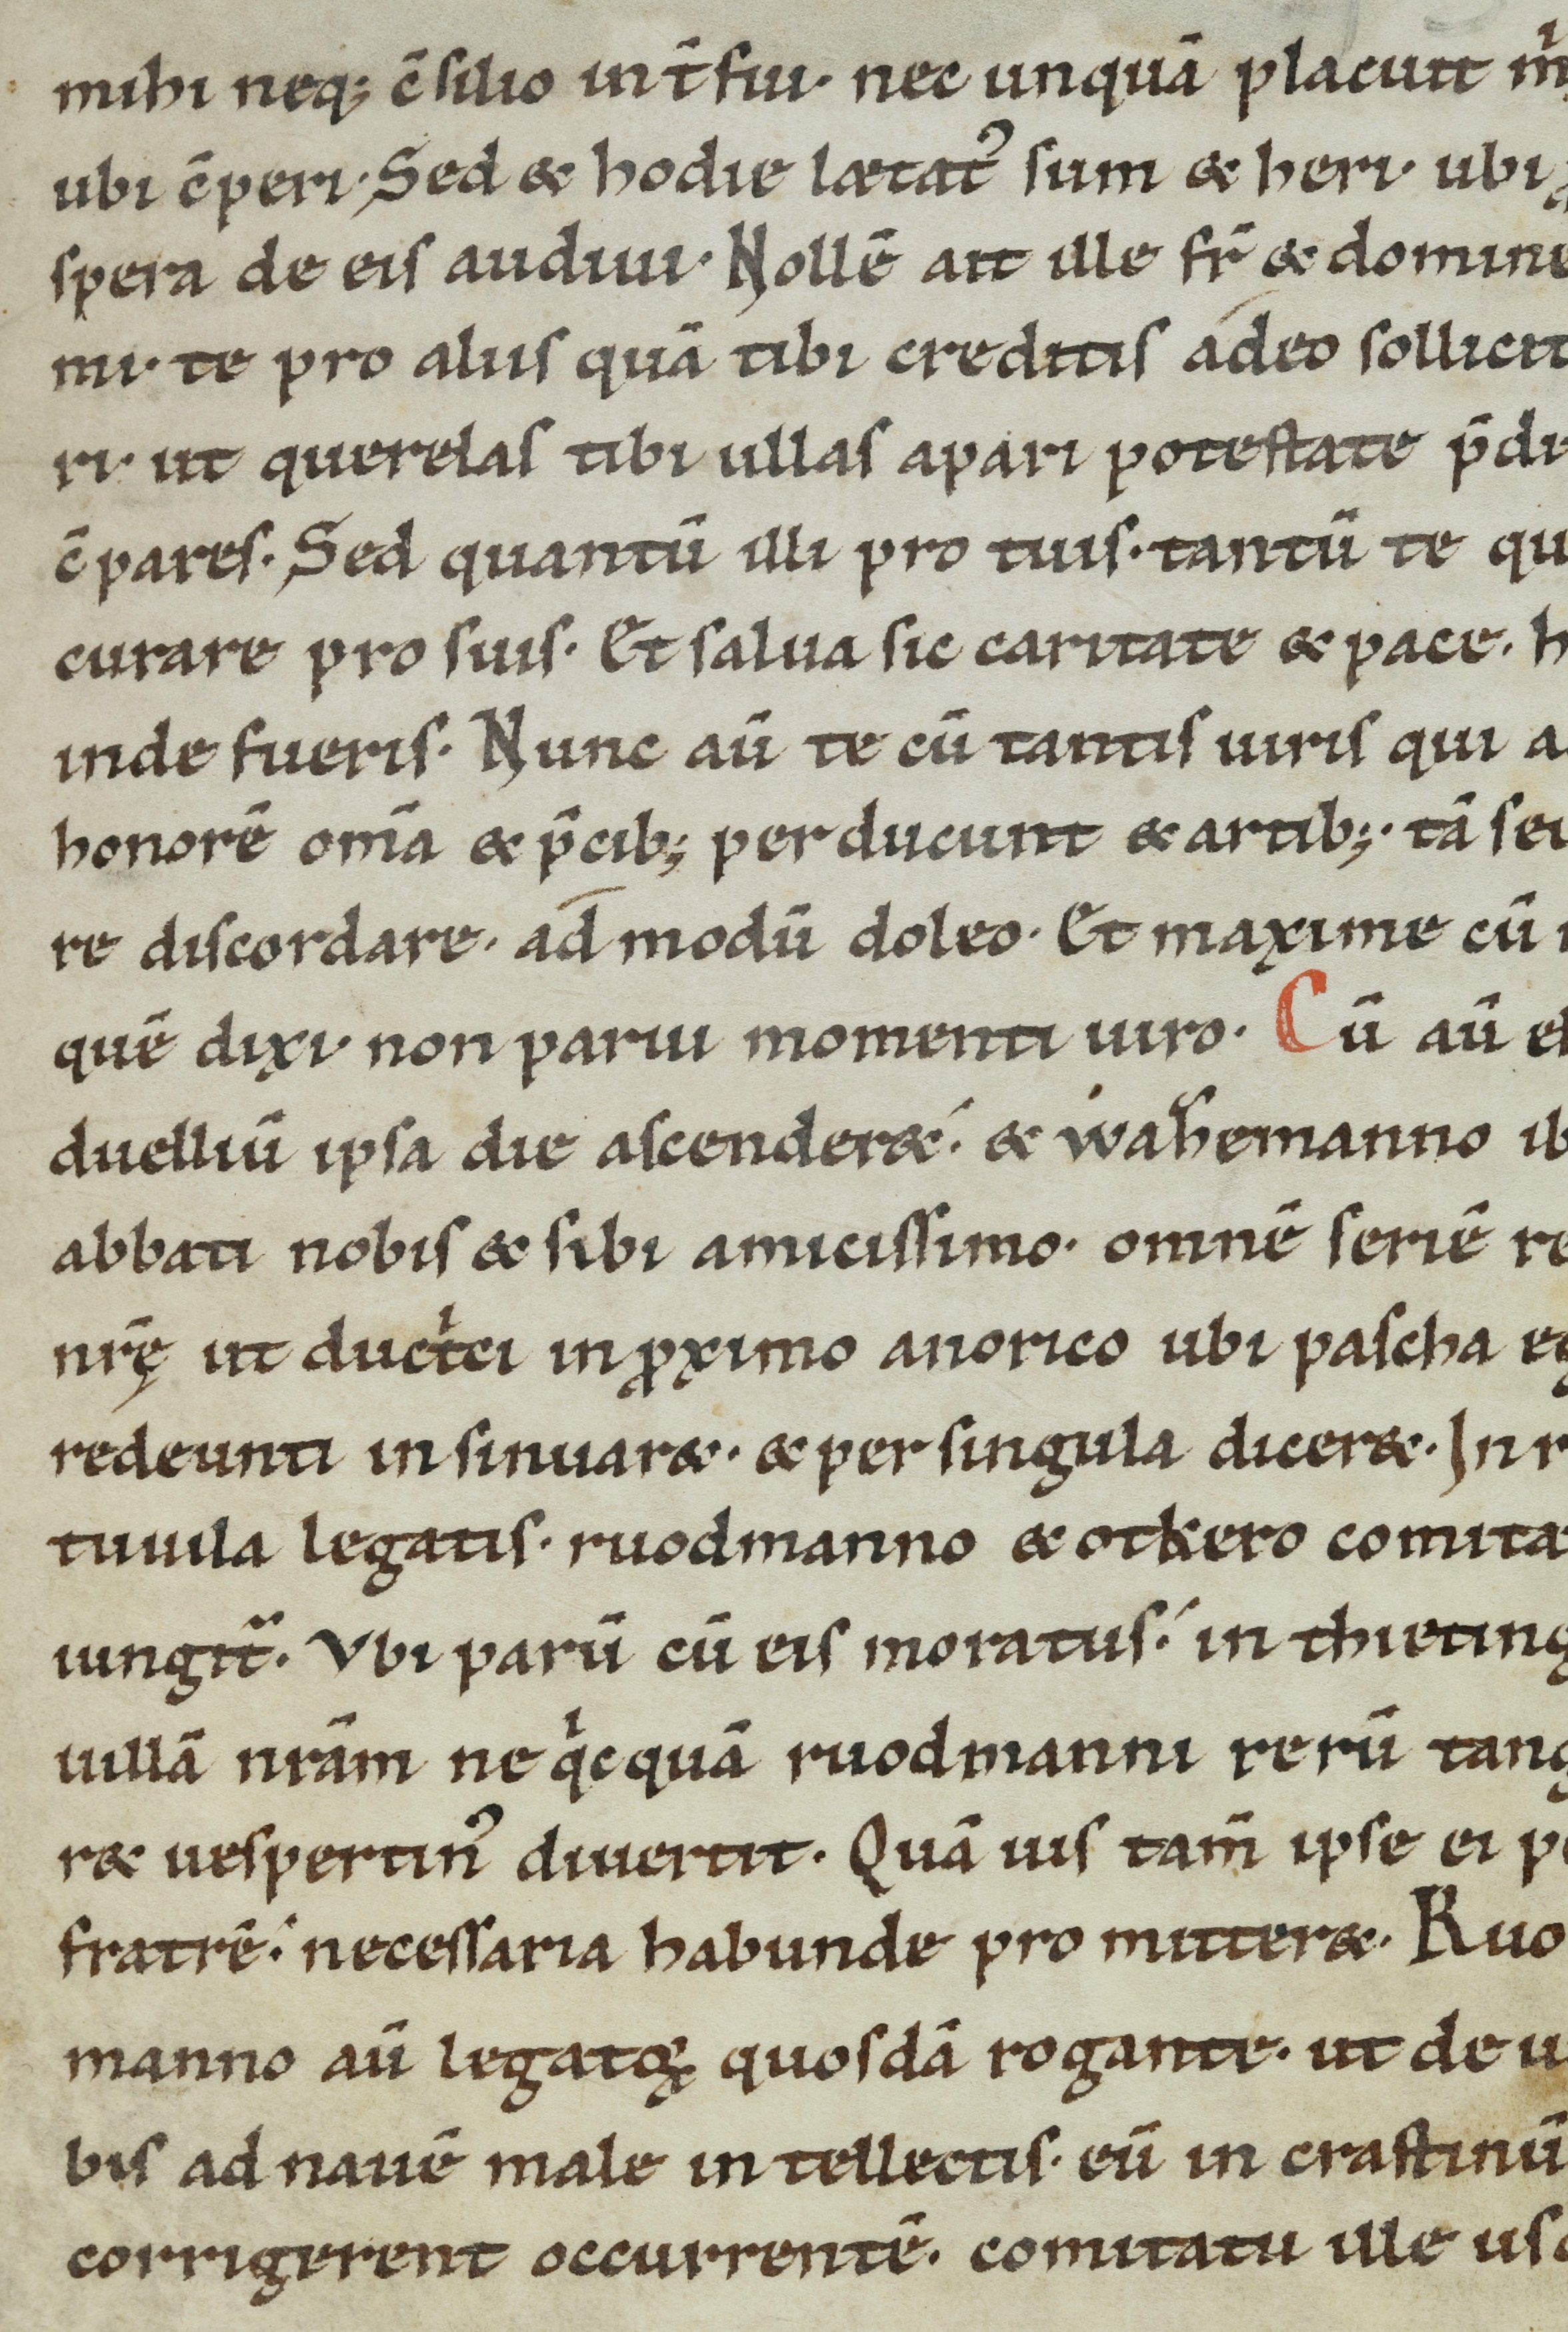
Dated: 1100–1199